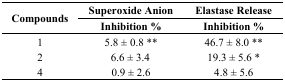
| <ROWSPAN=2> Compounds | Superoxide Anion | Elastase Release |
 | Inhibition % | Inhibition % |
 | --- | --- | --- |
 | 1 | 5.8 ± 0.8 ** | 46.7 ± 8.0 ** |
 | 2 | 6.6 ± 3.4 | 19.3 ± 5.6 * |
 | 4 | 0.9 ± 2.6 | 4.8 ± 5.6 |